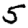
Digit: 5